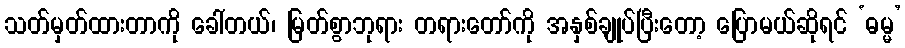
သတ်မှတ်ထားတာကို ခေါ်တယ်၊ မြတ်စွာဘုရား တရားတော်ကို အနှစ်ချုပ်ပြီးတော့ ပြောမယ်ဆိုရင် ‘ဓမ္မ’